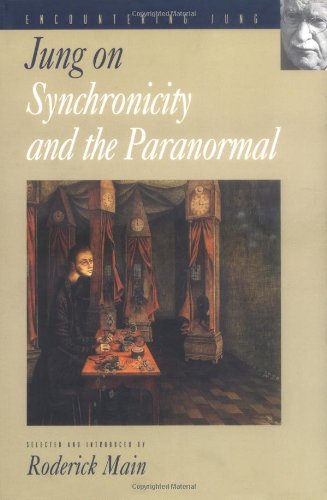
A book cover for Jung on Synchronicity and the Paranormal; C. G. Jung; Medical Books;